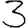
Digit: 3